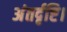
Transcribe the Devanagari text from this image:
अंतर्दृष्टि।